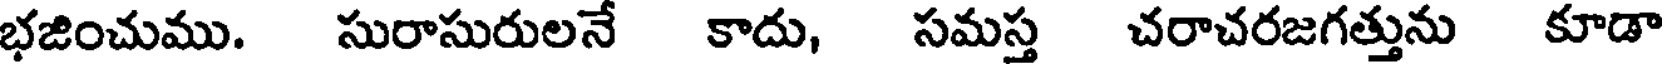
భజించుము. సురాసురులనే కాదు, సమస్త చరాచరజగత్తును కూడా